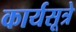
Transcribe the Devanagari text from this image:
कार्यसूत्रे